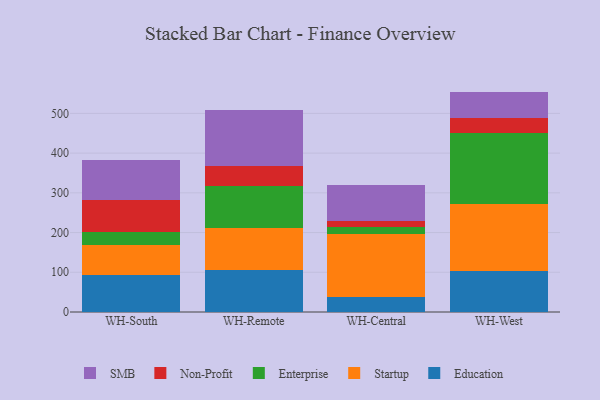
{"axis": {"x": "Warehouse", "y": "Tickets Resolved"}, "legend": ["Education", "Enterprise", "Non-Profit", "SMB", "Startup"], "data": [{"x": "WH-South", "y": 94.3, "type": "Education"}, {"x": "WH-South", "y": 74.7, "type": "Startup"}, {"x": "WH-South", "y": 33.0, "type": "Enterprise"}, {"x": "WH-South", "y": 79.8, "type": "Non-Profit"}, {"x": "WH-South", "y": 100.7, "type": "SMB"}, {"x": "WH-Remote", "y": 104.8, "type": "Education"}, {"x": "WH-Remote", "y": 105.9, "type": "Startup"}, {"x": "WH-Remote", "y": 107.5, "type": "Enterprise"}, {"x": "WH-Remote", "y": 48.6, "type": "Non-Profit"}, {"x": "WH-Remote", "y": 141.8, "type": "SMB"}, {"x": "WH-Central", "y": 38.3, "type": "Education"}, {"x": "WH-Central", "y": 158.7, "type": "Startup"}, {"x": "WH-Central", "y": 17.8, "type": "Enterprise"}, {"x": "WH-Central", "y": 14.5, "type": "Non-Profit"}, {"x": "WH-Central", "y": 91.0, "type": "SMB"}, {"x": "WH-West", "y": 103.0, "type": "Education"}, {"x": "WH-West", "y": 168.1, "type": "Startup"}, {"x": "WH-West", "y": 179.8, "type": "Enterprise"}, {"x": "WH-West", "y": 36.3, "type": "Non-Profit"}, {"x": "WH-West", "y": 67.7, "type": "SMB"}]}